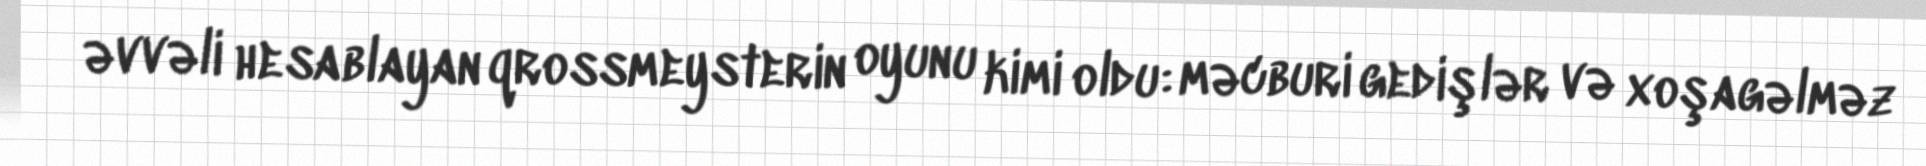
əvvəli hesablayan qrossmeysterin oyunu kimi oldu: məcburi gedişlər və xoşagəlməz